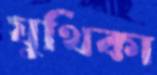
যুথিকা